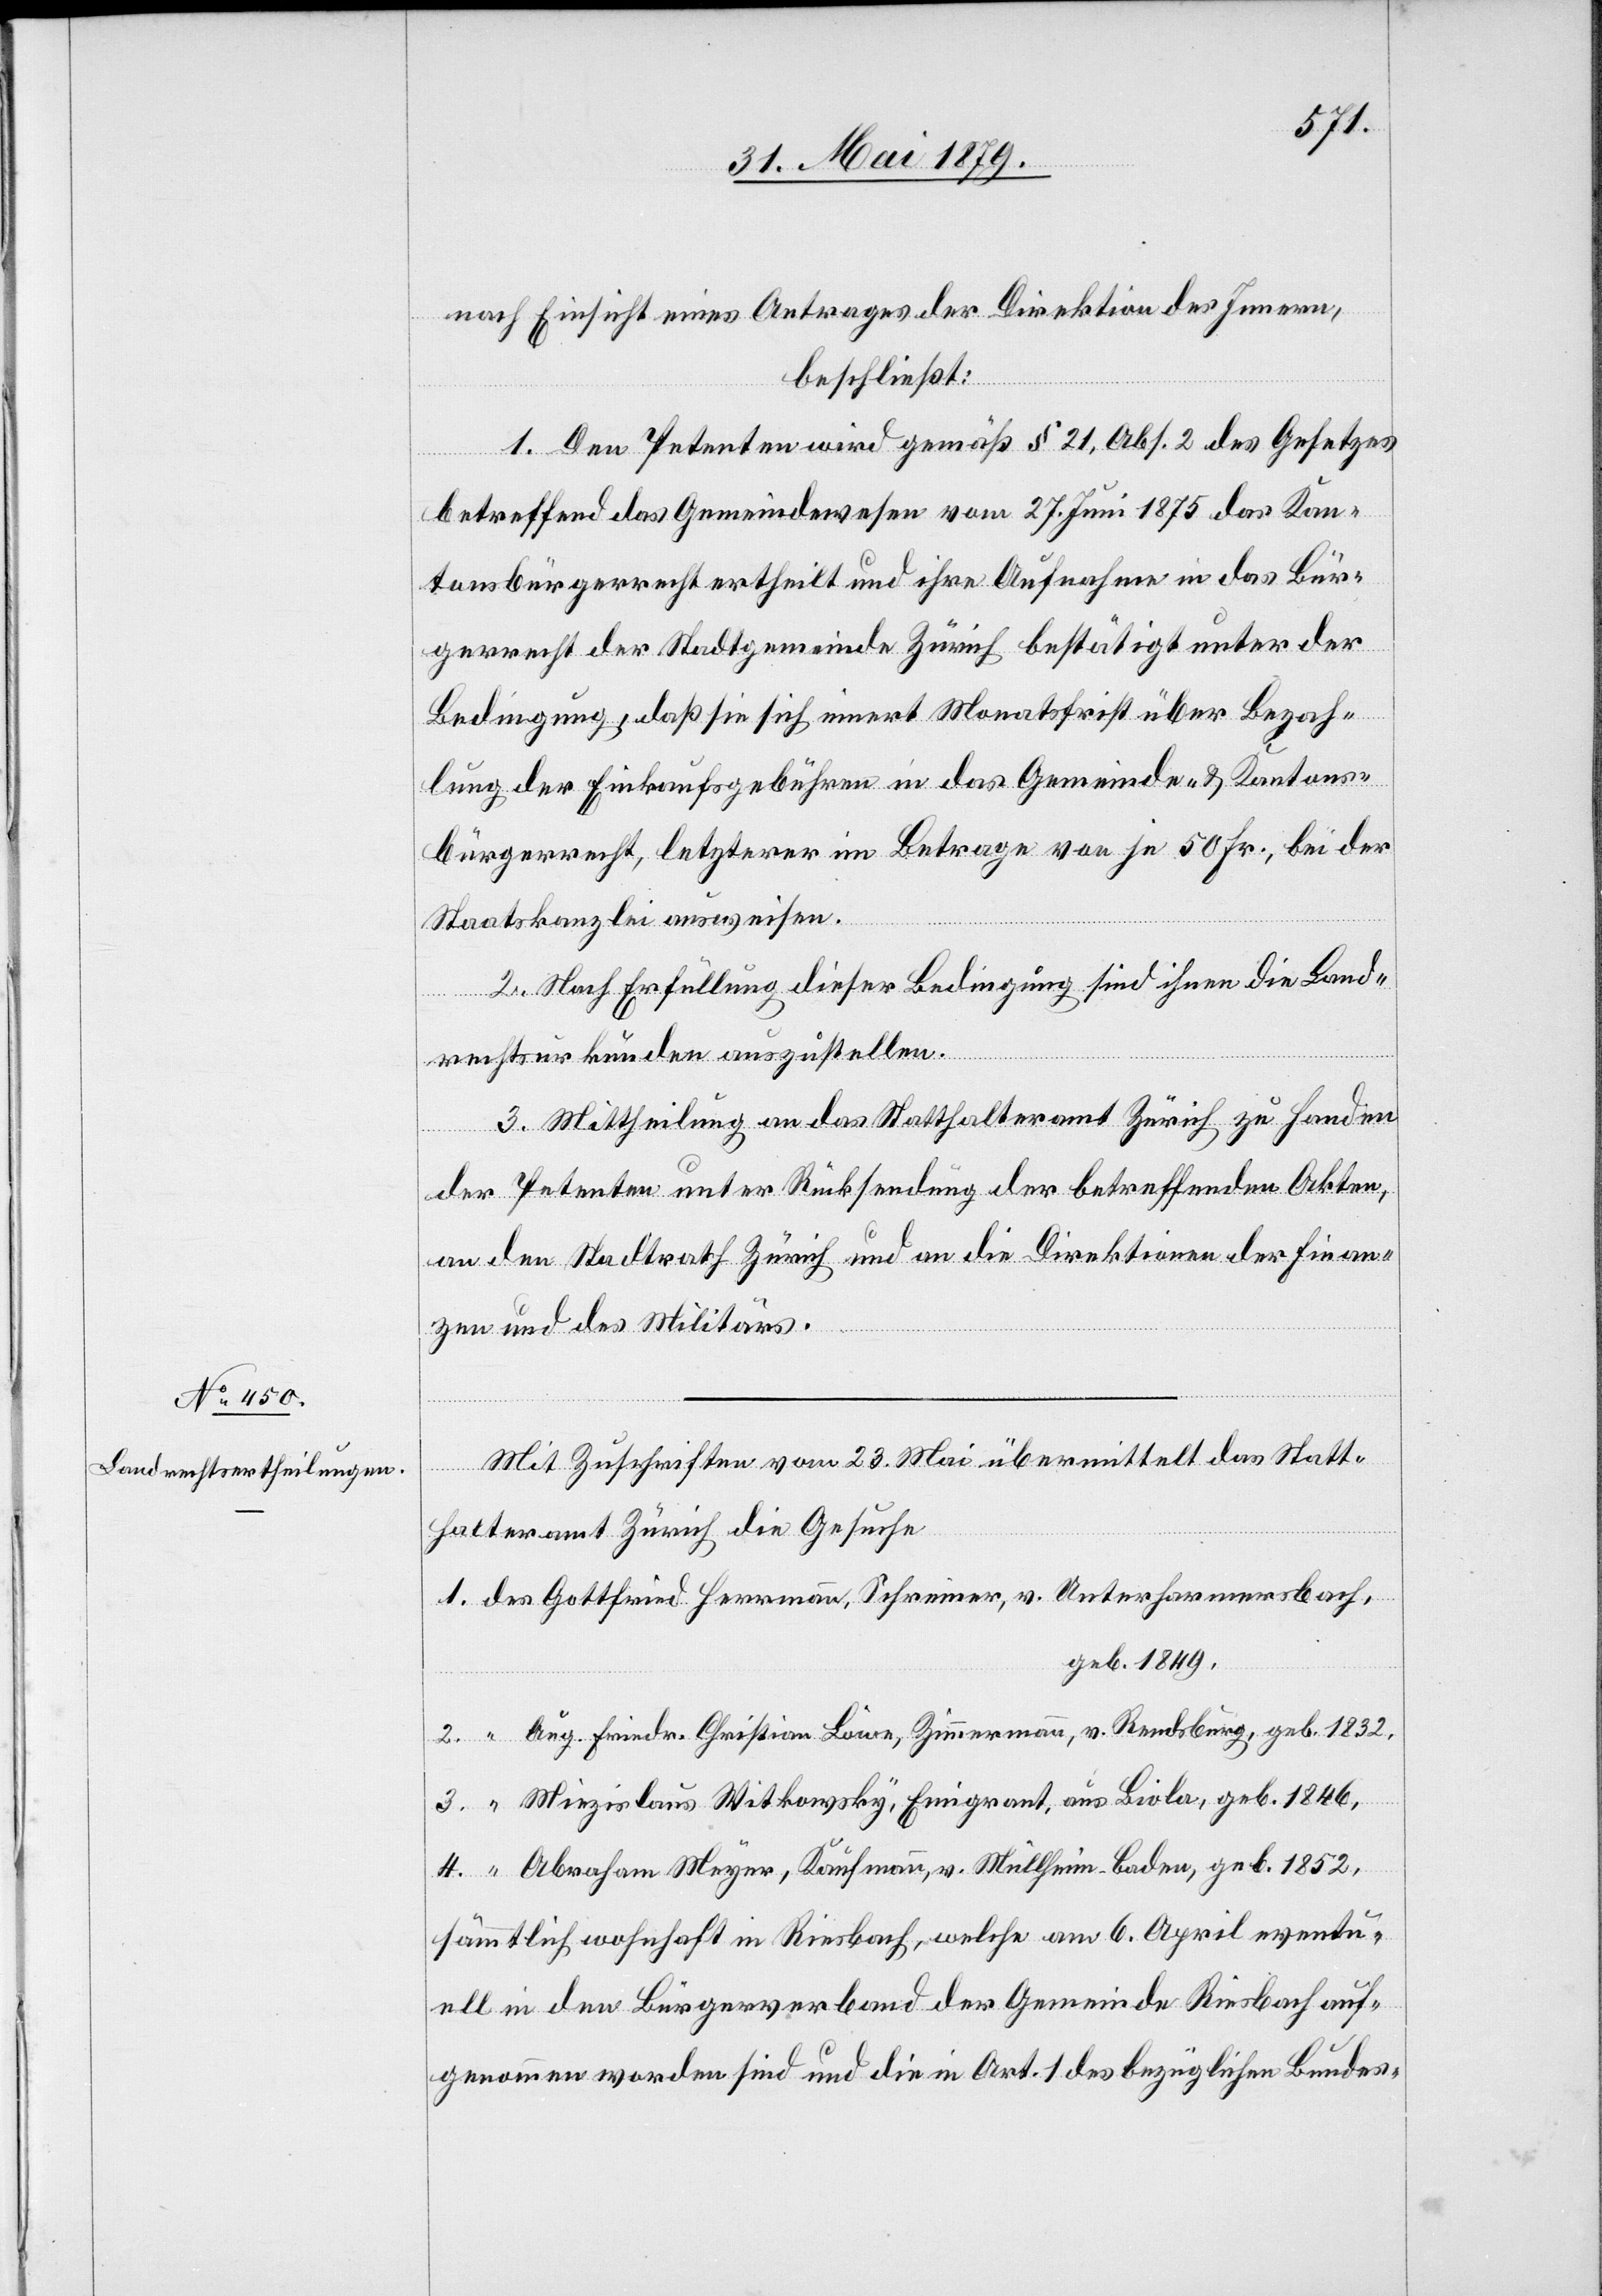
nach Einsicht eines Antrages der Direktion des Innern,
beschließt:
1. Den Petenten wird gemäß § 21, Abs. 2 des Gesetzes
betreffend das Gemeindewesen vom 27. Juni 1875 das Kan¬
tonsbürgerrecht ertheilt und ihre Aufnahme in das Bür¬
gerrecht der Stadtgemeinde Zürich bestätigt unter der
Bedingung, daß sie sich innert Monatsfrist über Bezah¬
lung der Einkaufsgebühren in das Gemeinde- & Kantons¬
bürgerrecht, letzterer im Betrage von je 50 Fr., bei der
Staatskanzlei ausweisen.
2. Nach Erfüllung dieser Bedingung sind ihnen die Land¬
rechtsurkunden auszustellen.
3. Mittheilung an das Statthalteramt Zürich zu Handen
der Petenten unter Rücksendung der betreffenden Akten,
an den Stadtrath Zürich und an die Direktionen der Finan¬
zen und des Militärs.
Mit Zuschriften vom 23. Mai übermittelt das Statt¬
halteramt Zürich die Gesuche
1. des Gottfried Herrmann, Schreiner, v. Unterharmersbach,
geb. 1849,
2. “ Aug. Friedr. Christian Löwe, Zimmermann, v. Rendsburg, geb. 1832,
3. “ Miezislaus Witkowsky, Emigrant, aus Biola, geb. 1846,
4. “ Abraham Meyer, Kaufmann, v. Müllheim - Baden, geb. 1852,
sämmtlich wohnhaft in Riesbach, welche am 6. April eventu¬
ell in den Bürgerverband der Gemeinde Riesbach auf¬
genommen worden sind und die in Art. 1 des bezüglichen Bundes-